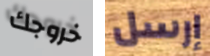
خروجك إرسل